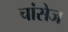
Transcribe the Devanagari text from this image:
चांसेज